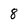
Character: 8